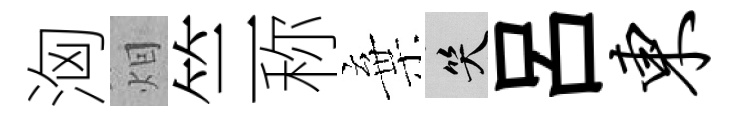
洶𤇆竺称棄笑呂东